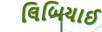
લિબિયાઈ